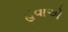
હવાએ